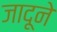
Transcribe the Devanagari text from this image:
जादूने